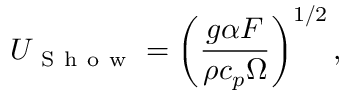
U _ { \mathrm { ~ S ~ h ~ o ~ w ~ } } = \left( \frac { g \alpha F } { \rho c _ { p } \Omega } \right) ^ { 1 / 2 } ,